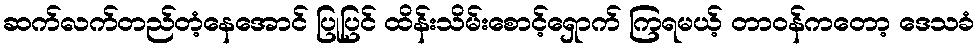
ဆက်လက်တည်တံ့နေအောင် ပြုပြင် ထိန်းသိမ်းစောင့်ရှောက် ကြရမယ့် တာဝန်ကတော့ ဒေသခံ